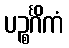
ပဉ္စင်္ဂိကံ